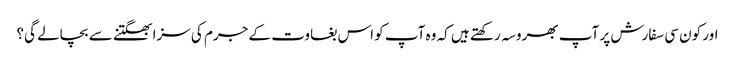
اور کون سی سفارش پر آپ بھروسہ رکھتے ہیں کہ وہ آپ کو اس بغاوت کے جرم کی سزا بھگتنے سے بچالے گی؟